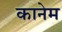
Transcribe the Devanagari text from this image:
कानेम